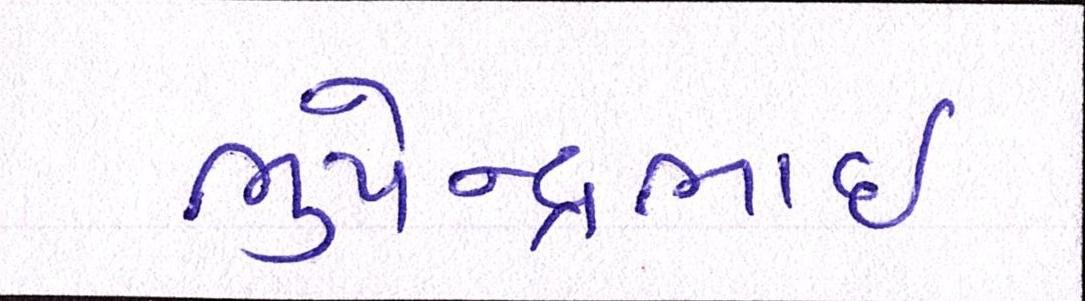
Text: ભુપેન્દ્રભાઇ